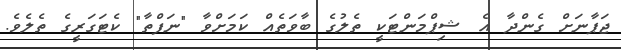
ޖަޕާނަށް ގެންދާ އެ ޝިޕްމަންޓަކީ ތެލުގެ ބާވަތެއް ކަމަށްވާ "ނަފްތާ" ކެޓަގަރީގެ ތެލެވެ.